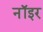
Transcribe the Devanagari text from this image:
नॉइर